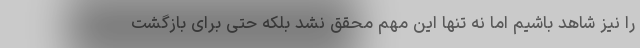
را نیز شاهد باشیم اما نه تنها این مهم محقق نشد بلکه حتی برای بازگشت